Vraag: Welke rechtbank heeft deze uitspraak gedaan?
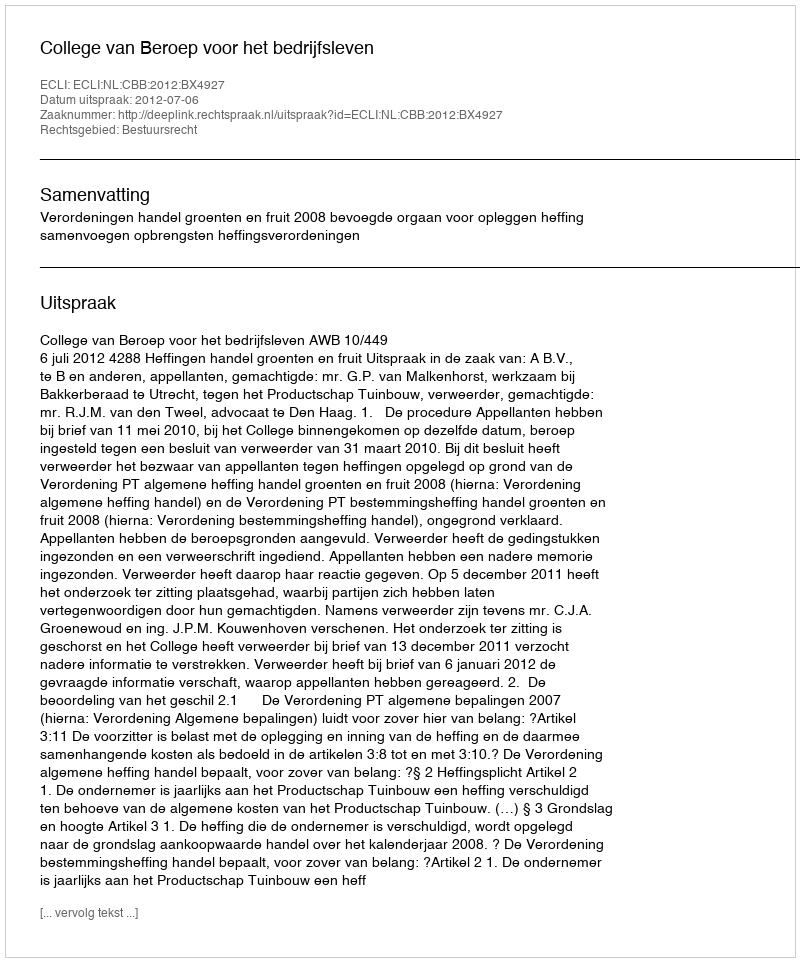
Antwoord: College van Beroep voor het bedrijfsleven